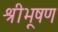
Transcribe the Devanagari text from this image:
श्रीभूषण